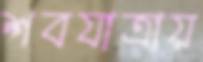
শবযাত্রায়